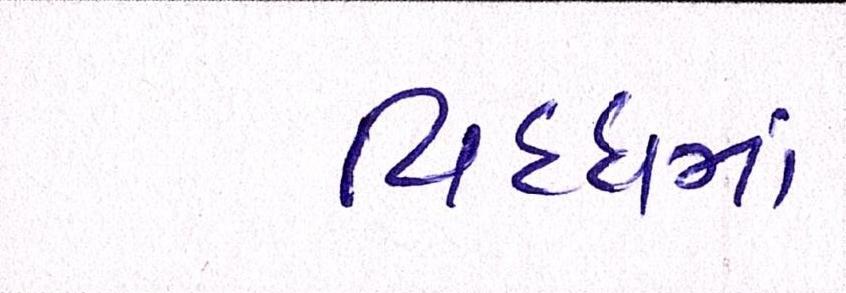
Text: વિધ્ધમાં